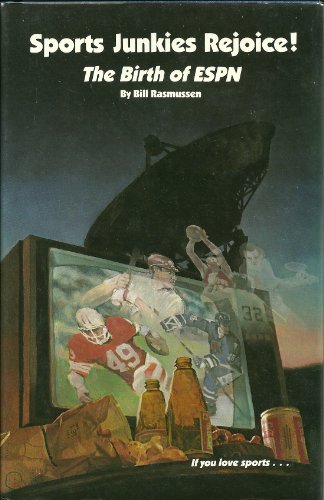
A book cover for Sports Junkies Rejoice : The Birth of ESPN; Bill Rasmussen; Sports & Outdoors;